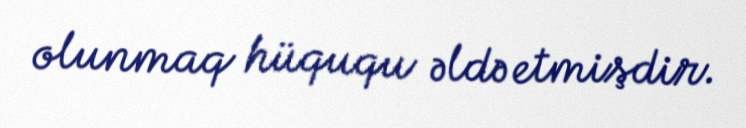
olunmaq hüququ əldə etmişdir.